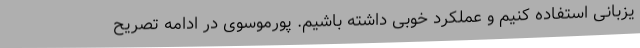
یزبانی استفاده کنیم و عملکرد خوبی داشته باشیم. پورموسوی در ادامه تصریح